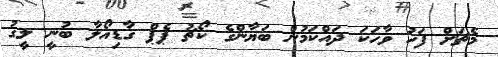
މެޗަށް ފަހު ވާހަކަ ދައްކަމުން ބަޔާންގެ ކޯޗު ޕެޕް ގާޑިއޯލާ ބުނީ ލީގު